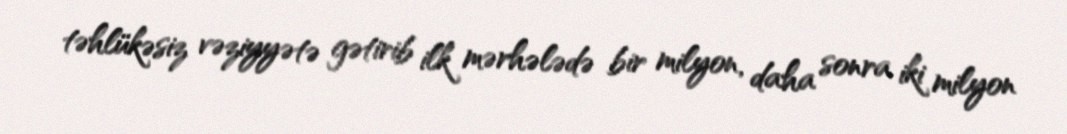
təhlükəsiz vəziyyətə gətirib ilk mərhələdə bir milyon, daha sonra iki milyon